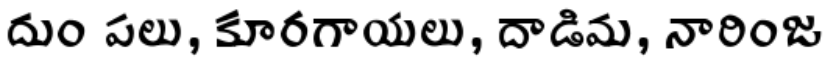
దుం పలు, కూరగాయలు, దాడిమ, నారింజ